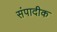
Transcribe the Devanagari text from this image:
संपादीक